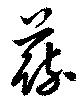
蔬